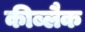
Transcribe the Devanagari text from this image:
कीब्लैक